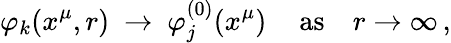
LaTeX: \varphi_{k}(x^{\mu},r)~\to~\varphi_{j}^{(0)}(x^{\mu})\, \quad\mathrm{as}\quad r\to\infty\, ,